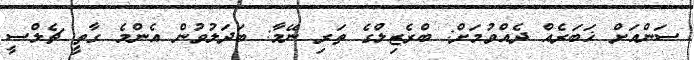
ސަންއަށް ޚަބަރެއް ދެއްވުމަށް: ބްރެޒިލްގެ ތަރި ނޭމާ: ބަދަލުވުން އެންމެ ގާތީ ޗެލްސީ